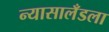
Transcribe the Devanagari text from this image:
न्यासालँडला